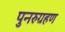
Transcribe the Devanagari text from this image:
पुनरुग्रहण